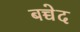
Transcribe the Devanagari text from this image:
बच्चेद